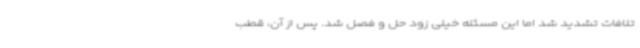
تلافات تشدید شد اما این مسئله خیلی زود حل و فصل شد. پس از آن، قطب